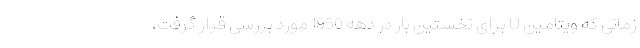
زمانی که ویتامین U برای نخستین بار در دهه 1950 مورد بررسی قرار گرفت،